Civil Veterinary Department Bihar reports 1936-40 - 1936-1940
Year: 1936
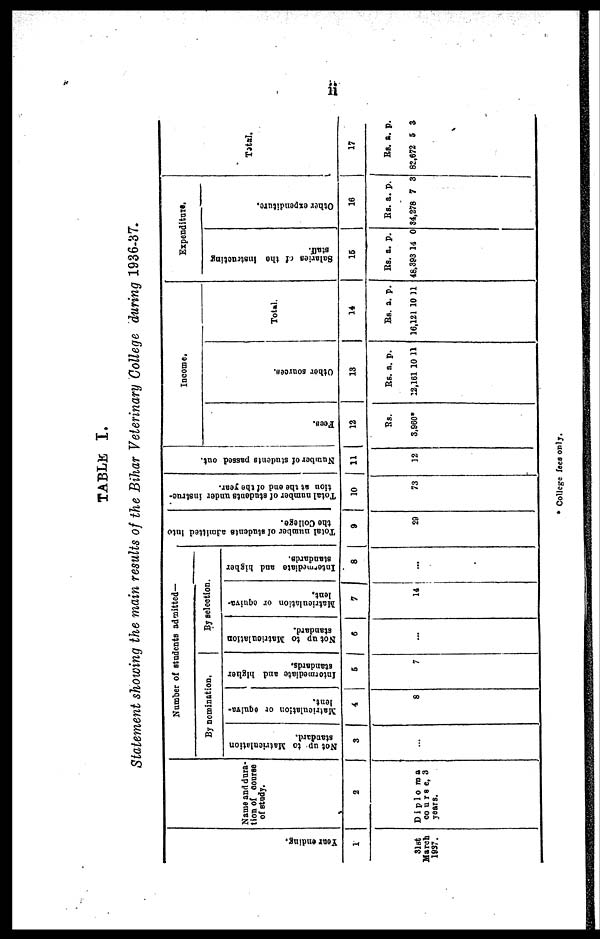
ii
TABLE I.
Statement showing the main results of the Bihar Veterinary College during 1936-37.
Year ending.
1
31st
March
1937.
Name and dura-
tion of course
of study.
2
Diploma
course, 3
years.
Number of students admitted—
By Domination.
Not up to Matriculation
standard.
3
...
Matriculation or equiva-
lent.
4
8
Intermediate and higher
standards.
5
7
By selection.
Not up to Matrioulation
standard.
6
...
Matriculation or equiva-
lent.
7
14
Intermediate and higher
standards.
8
...
Total number
of students admitted Into
the College.
9
20
Total number of students under instruc-
tion at the end of the year.
10
73
Number of students passed out.
11
12
Fees.
12
Rs.
3,960*
Income.
Other sources.
13
Rs. a. p.
12,161 10 11
Total.
14
Rs. a. p.
16,121 10 11
Expenditure.
Salaries of the Instructing
staff.
15
Rs. a. p.
48.393 14 0
Other expenditure.
16
Rs. a. p.
84,278 7 3
Total.
17
Rs. a. p.
82,672 5 3
* College fees only.